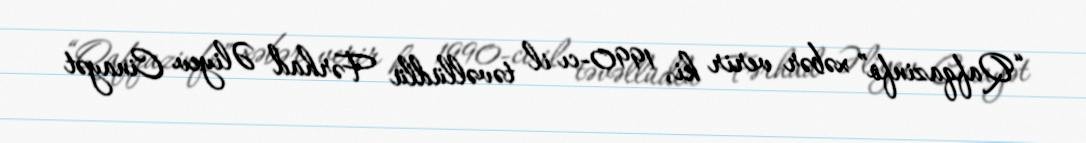
“Qafqazinfo” xəbər verir ki, 1990-cı il təvəllüdlü Fərhad Əliyev Cinayət